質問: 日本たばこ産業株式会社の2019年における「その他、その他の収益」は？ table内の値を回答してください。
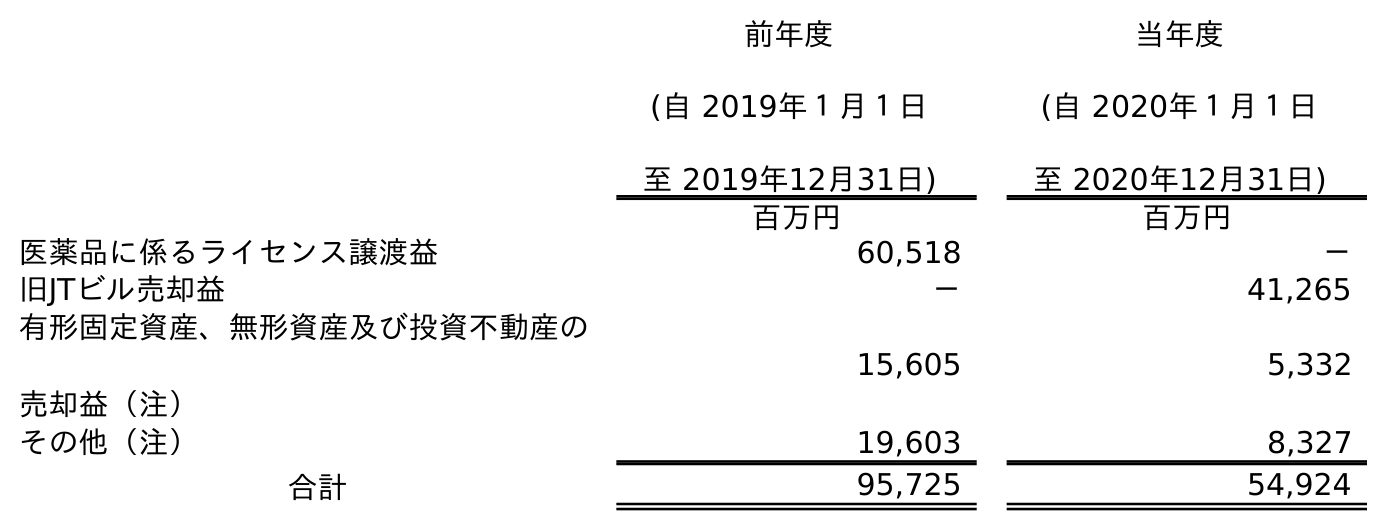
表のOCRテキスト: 前年度 (自 2019年１月１日 至 2019年12月31日) 当年度 (自 2020年１月１日 至 2020年12月31日) 百万円 百万円 医薬品に係るライセンス譲渡益 60,518 － 旧JTビル売却益 － 41,265 有形固定資産、無形資産及び投資不動産の 売却益（注） 15,605 5,332 その他（注） 19,603 8,327 合計 95,725 54,924
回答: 19,603